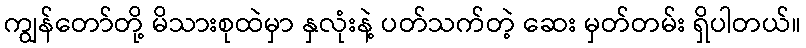
ကျွန်တော်တို့ မိသားစုထဲမှာ နှလုံးနဲ့ ပတ်သက်တဲ့ ဆေး မှတ်တမ်း ရှိပါတယ်။